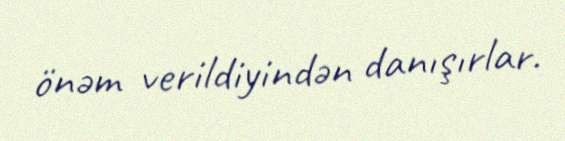
önəm verildiyindən danışırlar.